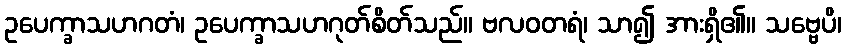
ဥပေက္ခာသဟဂတံ၊ ဥပေက္ခာသဟဂုတ်စိတ်သည်။ ဗလဝတရံ၊ သာ၍ အားရှိ၏။ သဗ္ဗေပိ၊